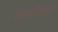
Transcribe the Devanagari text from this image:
शासननियंत्रित